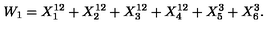
W _ { 1 } = X _ { 1 } ^ { 1 2 } + X _ { 2 } ^ { 1 2 } + X _ { 3 } ^ { 1 2 } + X _ { 4 } ^ { 1 2 } + X _ { 5 } ^ { 3 } + X _ { 6 } ^ { 3 } .